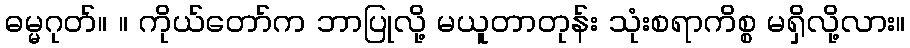
ဓမ္မဂုတ်။ ။ ကိုယ်တော်က ဘာပြုလို့ မယူတာတုန်း သုံးစရာကိစ္စ မရှိလို့လား။